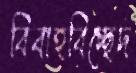
বিবাহবিচ্ছেদ